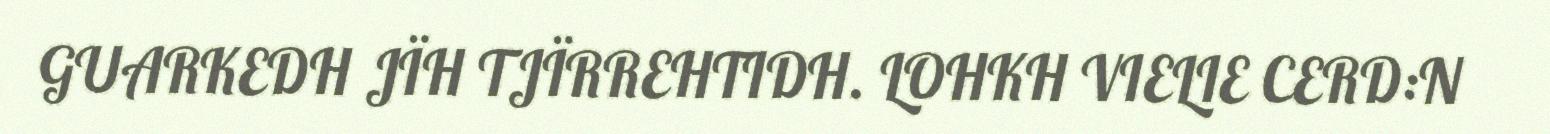
GUARKEDH JÏH TJÏRREHTIDH. LOHKH VIELIE CERD:N